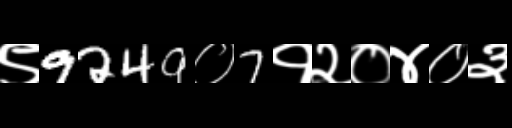
Text: ९9249०7१२०४०३